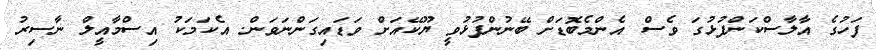
ފަހުގެ އާލާސްކަންފުޅުގަ ވެސް އެންމެބޮޑަށް ބޭނުންފުޅުވީ ޔޫކޭއަށް ވަޑައިގަންނަވަން. އެކަމަކު އިސްމާއީލް ނާސިރު